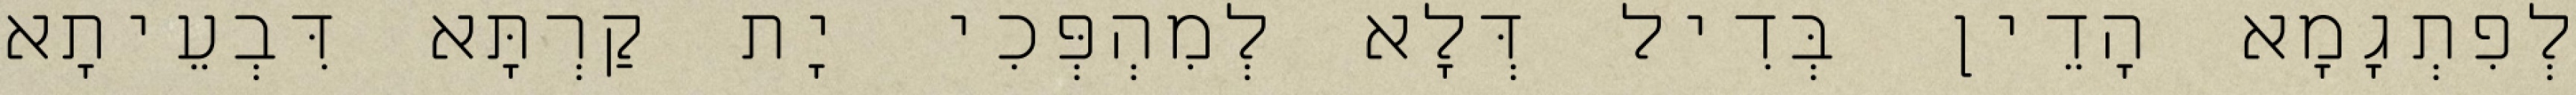
לְפִתְגָמָא הָדֵין בְּדִיל דְּלָא לְמִהְפְּכִי יָת קַרְתָּא דִּבְעֵיתָא